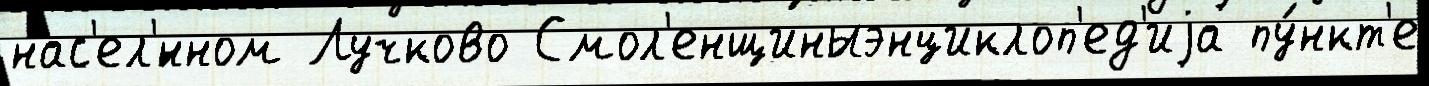
нас'ел'́нном Лучково Смол'енщиныэнциклоп'ед'иjа пу́нкт'е